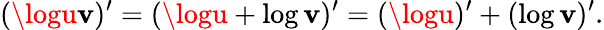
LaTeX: (\logu\mathbf{v})^{\prime}=(\logu+\log\mathbf{v})^{\prime}=(\logu)^{\prime}+(\log\mathbf{v})^{\prime}.